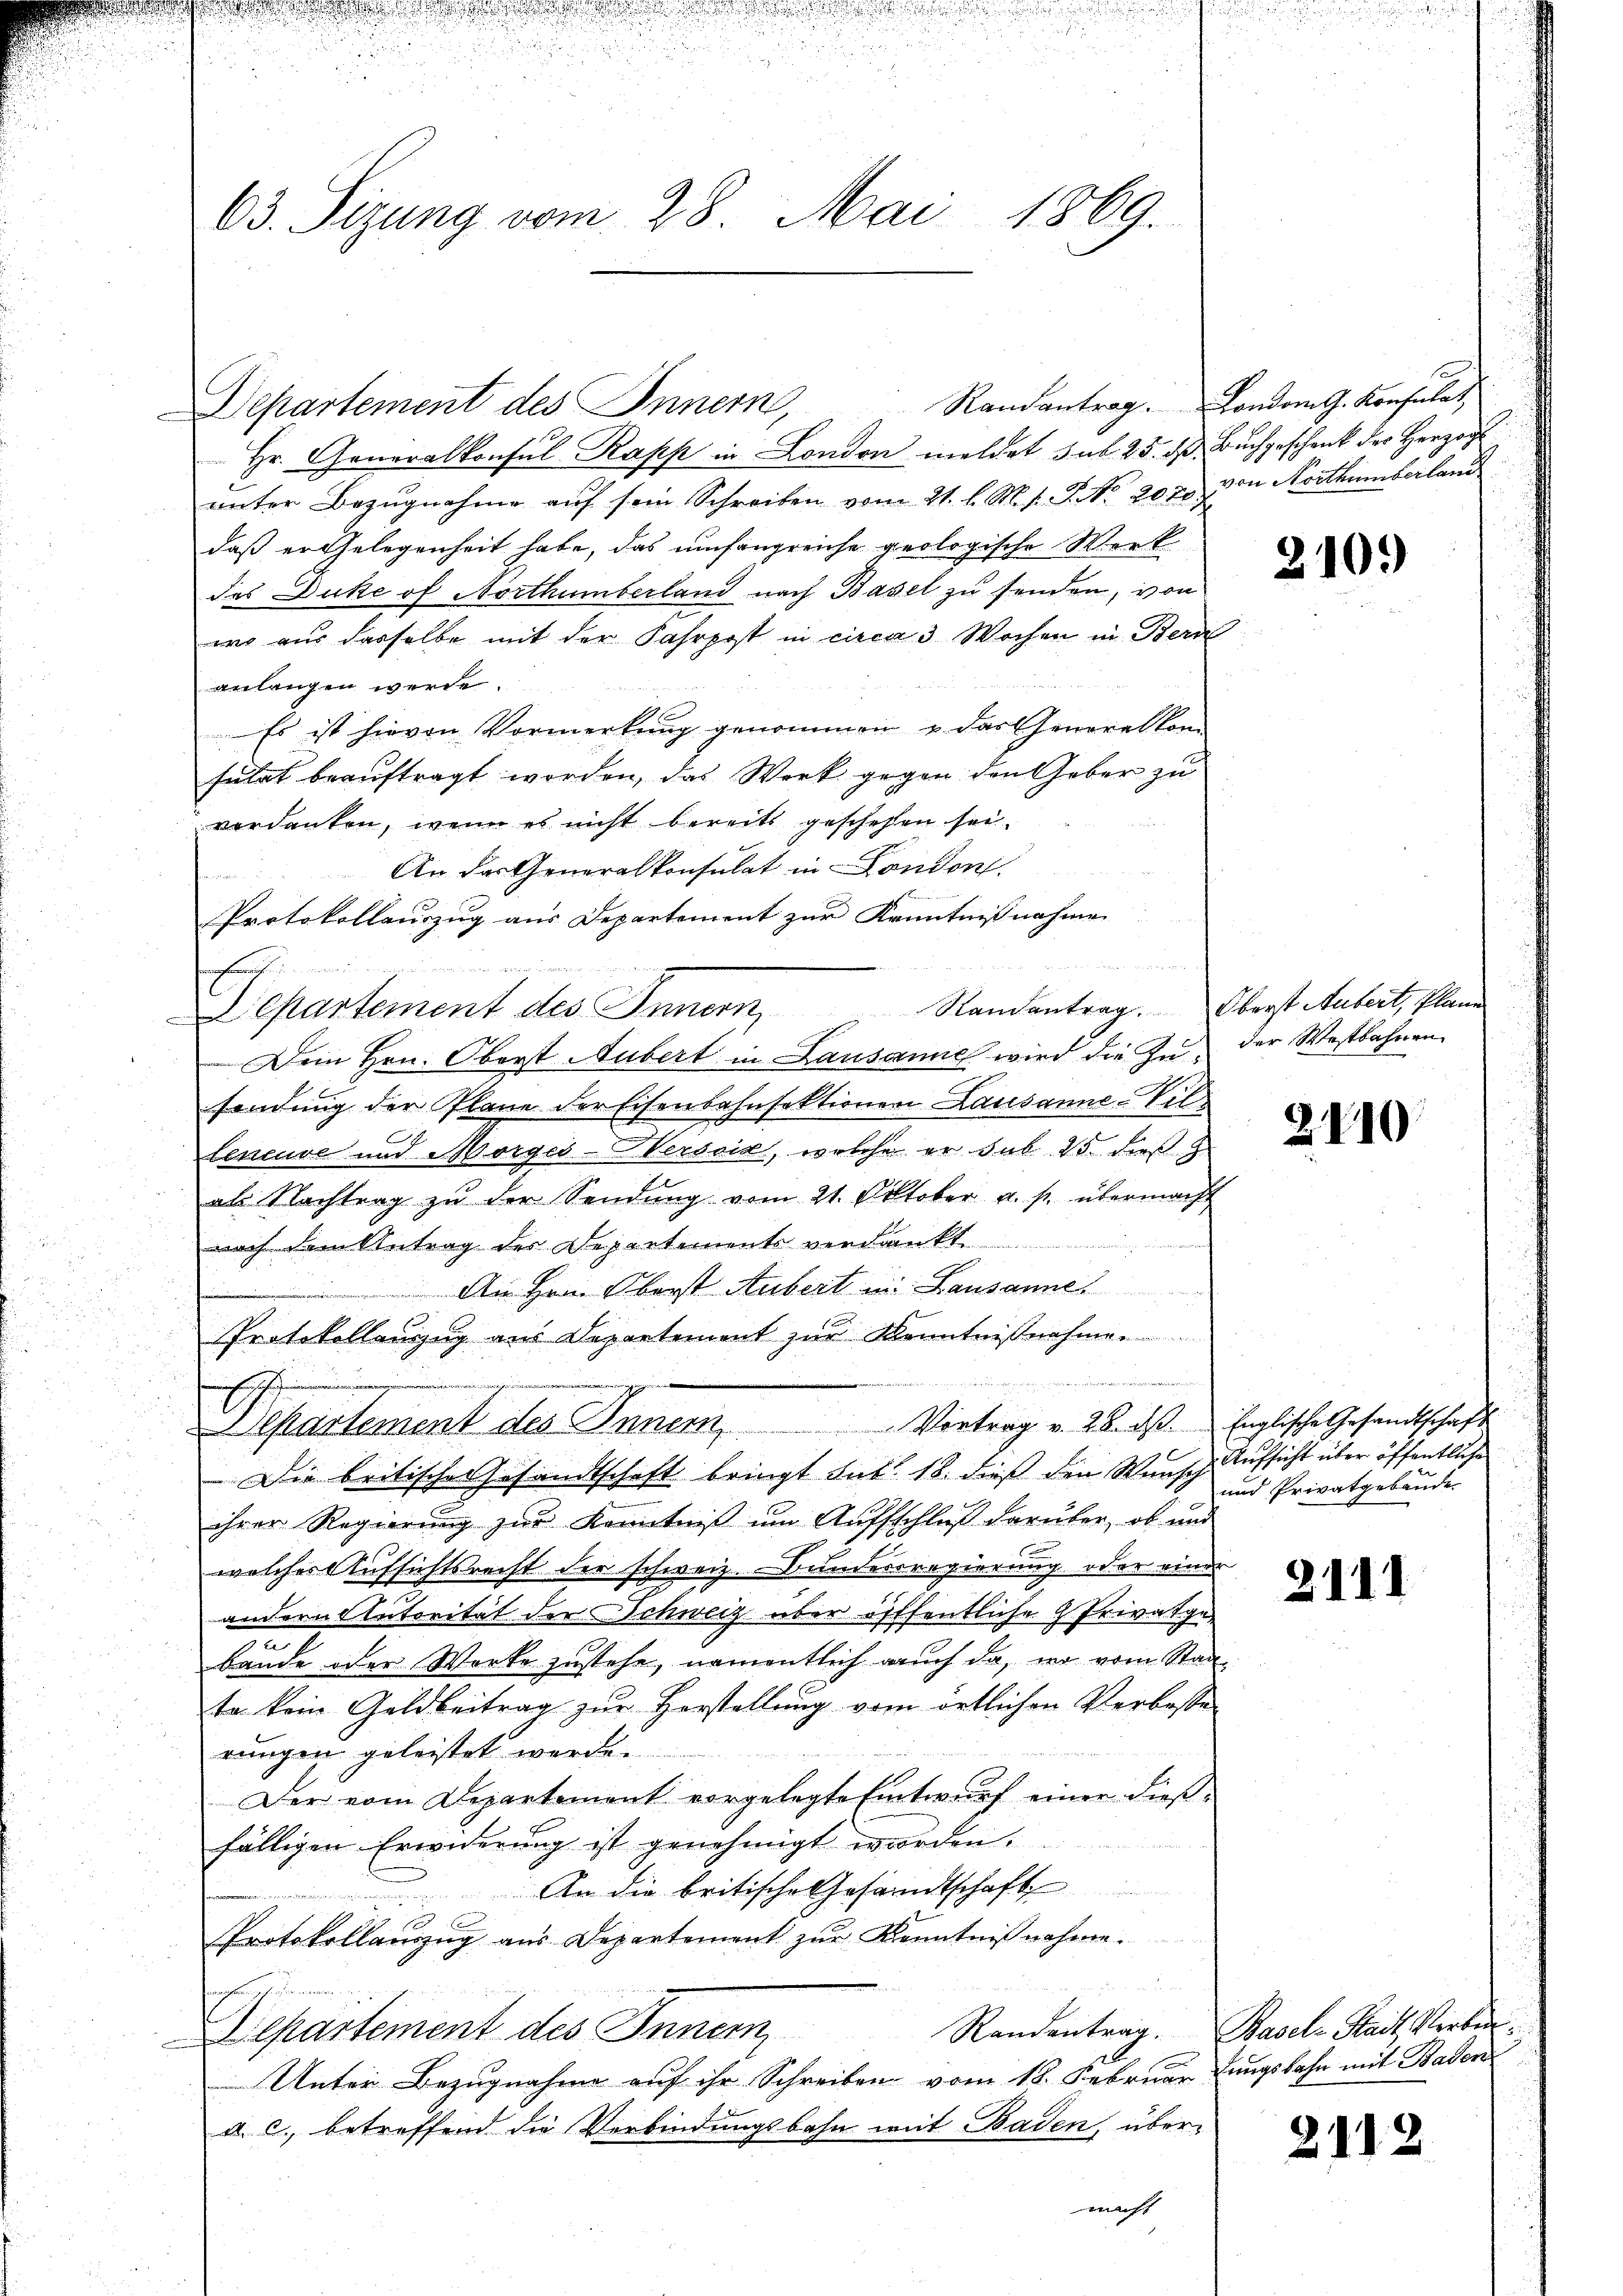
63. Sizung vom 28. Mai 1869.

Departement des Innern,
Hr. Generalkonsul Kapp in London meldet sub 25. d. Buchgeschenk der Herzogs

7

unter Bezugnahme auf sein Schreiben vom 21. l. M. v. J. NNo. 202. von Northumberland
daß er Gelegenheit habe, das umfangreiche geologische Werk
des Duke of Northümberland nach Basel zu senden, von
wo aus dasselbe mit der Fahrpost in circa 3 Wochen in Bern
anlangen werde.
Es ist hievon Vormerkŭng genommen u. das Generalkon
sulat beauftragt worden, das Werk gegen den Geber zu
verdanken, wenn es nicht bereits geschehen sei
An der Generalkonsulat in London.

Protokollauszug aus Departement zur Kenntnißnahme
n
e
Departement des Innern, Randantrag. Oberst Aubert, klam
Dein Hrn. Oberst Hubert in Lausanne wird die zu, der Westbahnen
sendung der Plane der Eisenbahnfektionen Lausanne-Villeneuve und Morgei-Persoid, welche er sub 25. dieß z
als Nachtrag zu der Sendung vom 21. Oktober a. p. übermacht
nach dem Antrag des Departements verdankt
An Hrn. Oberst Aubert im Lausannes
Protokollenzug aus Departement zur Kenntnißnahme
i

Die britischer Gesandtschaft bringt sub. 18. dieß den Wunsch Aufsicht über öffentliche
ihrer Regierung zur Kenntniß um Aufsschluß darüber, ob und
I
welcher Aufsichtsrecht der schweiz. Bundesregierung oder einer
andern tutorität der Schweiz über öfffentliche Privatgebände oder Werke zustehe, namentlich auch da, wo vom Staate kein Geldbeitrag zur Herstellung vom örtlichen Verbosse
rungen geleistet werde.
Der vom Departement vorgelegte Entwurf einer dießfälligen Erwiderung ist genehmigt worden.
An die britische Gesandtschaft
Protokollauszug aus Departement zur Kenntnißnahme.
u
Departement des Innern
Unter Bezugnahme auf ihr Schreiben vom 18. Februar dungsbahn mit Bador
a. c. betreffend die Verbindungsbahn mit Baden, übernach

Departement des Innern, Vortrag v. 28. ds. Englische Gesandtschaft

Randantrag. London G. Konsulat

210.

2110

und Privatgebäude

211.

Randentrag. Basel-Stadt, Verbre¬

2112